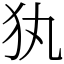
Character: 犱